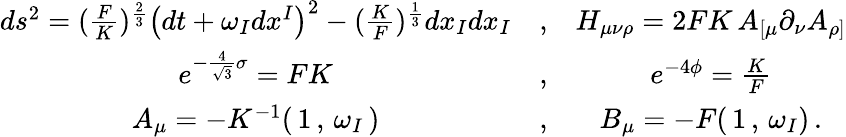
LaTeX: \begin{array}{ccc}{{ds^{2}=(\frac{F}{K})^{\frac{2}{3}}\left(dt+\omega_{I}dx^{I}\right)^{2}-(\frac{K}{F})^{\frac{1}{3}}dx_{I}dx_{I}}}&{{,}}&{{H_{\mu\nu\rho}=2FK\, A_{[\mu}\partial_{\nu}A_{\rho]}}}\\ {{e^{-\frac{4}{\sqrt{3}}\sigma}=FK}}&{{,}}&{{e^{-4\phi}=\frac{K}{F}}}\\ {{A_{\mu}=-K^{-1}(\, 1\, ,\, \omega_{I}\, )}}&{{,}}&{{B_{\mu}=-F(\, 1\, ,\, \omega_{I})\, .}}\end{array}